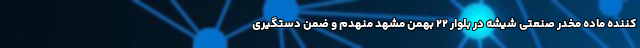
کننده ماده مخدر صنعتی شیشه در بلوار ۲۲ بهمن مشهد منهدم و ضمن دستگیری